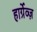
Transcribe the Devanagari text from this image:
हार्ग्रेव्ज़